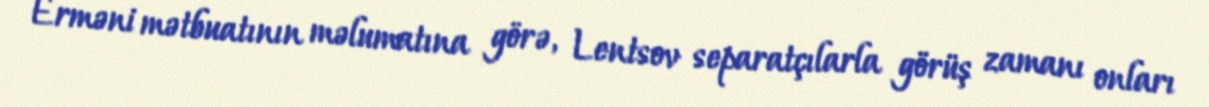
Erməni mətbuatının məlumatına görə, Lentsov separatçılarla görüş zamanı onları